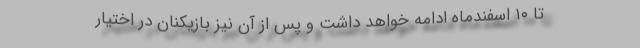
تا ۱۰ اسفندماه ادامه خواهد داشت و پس از آن نیز بازیکنان در اختیار